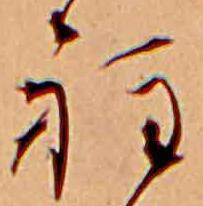
程